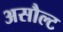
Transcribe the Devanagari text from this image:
असौल्ट